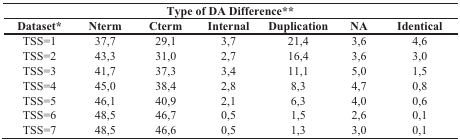
| <COLSPAN=7> Type of DA Difference** |
 | Dataset* | Nterm | Cterm | Internal | Duplication | NA | Identical |
 | --- | --- | --- | --- | --- | --- | --- |
 | TSS=1 | 37,7 | 29,1 | 3,7 | 21,4 | 3,6 | 4,6 |
 | TSS=2 | 43,3 | 31,0 | 2,7 | 16,4 | 3,6 | 3,0 |
 | TSS=3 | 41,7 | 37,3 | 3,4 | 11,1 | 5,0 | 1,5 |
 | TSS=4 | 45,0 | 38,4 | 2,8 | 8,3 | 4,7 | 0,8 |
 | TSS=5 | 46,1 | 40,9 | 2,1 | 6,3 | 4,0 | 0,6 |
 | TSS=6 | 48,5 | 46,7 | 0,5 | 1,5 | 2,6 | 0,1 |
 | TSS=7 | 48,5 | 46,6 | 0,5 | 1,3 | 3,0 | 0,1 |